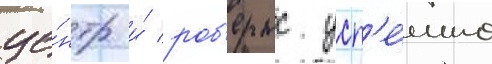
це́нтр и́ роб'ертс усп'е́шно